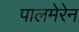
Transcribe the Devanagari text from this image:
पालमेरेन